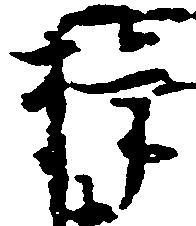
権